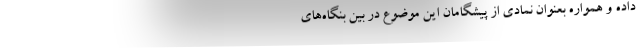
داده و همواره بعنوان نمادی از پیشگامان این موضوع در بین بنگاه‌های